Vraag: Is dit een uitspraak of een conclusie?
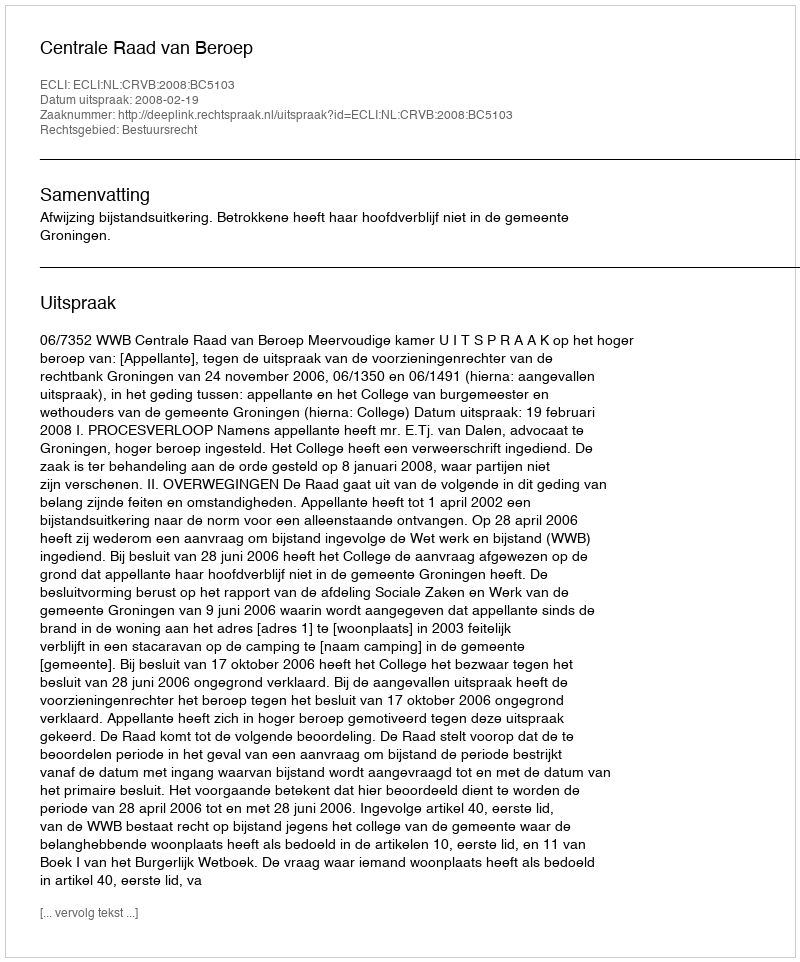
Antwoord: Uitspraak